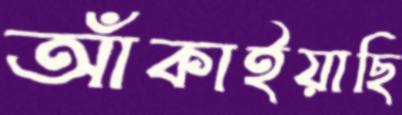
আঁকাইয়াছি